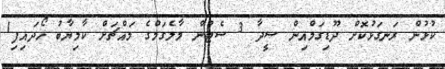
ކުޅުން ރަނގަޅުކޮށް ދޫޑިގަމްއިން ސީދާ 3 ސެޓުން މާލެގަމްގެ މައްޗަށް ކާމިޔާބު ހޯދައިފި1